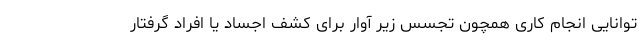
توانایی انجام کاری همچون تجسس زیر آوار برای کشف اجساد یا افراد گرفتار